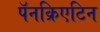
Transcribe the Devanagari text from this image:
पॅनक्रिएटिन